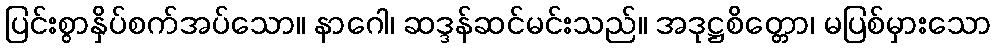
ပြင်းစွာနှိပ်စက်အပ်သော။ နာဂေါ၊ ဆဒ္ဒန်ဆင်မင်းသည်။ အဒုဋ္ဌစိတ္တော၊ မပြစ်မှားသော